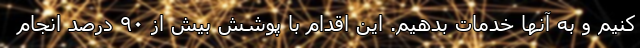
کنیم و به آنها خدمات بدهیم. این اقدام با پوشش بیش از ۹۰ درصد انجام